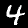
Digit: 4